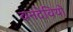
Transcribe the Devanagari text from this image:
वनदेवियों